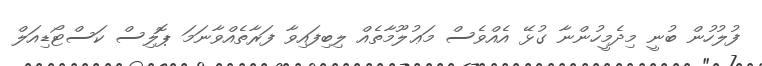
ފުލުހުން ބުނީ މިދެމީހުންނާ ގުޅޭ އެއްވެސް މަޢުލޫމާތެއް ލިބިފައިވާ ފަރާތެއްވާނަމަ ޕޮލިސް ކަސްޓޯޑިއަލް